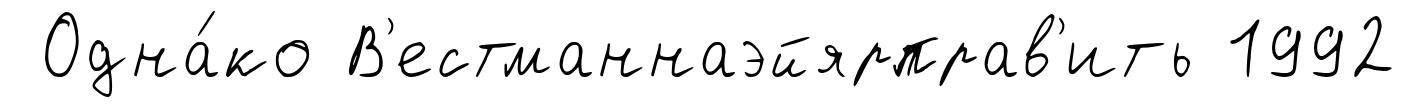
Одна́ко В'естманнаэйярправ'ить 1992